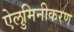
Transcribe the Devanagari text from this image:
ऐलुमिनीकरण